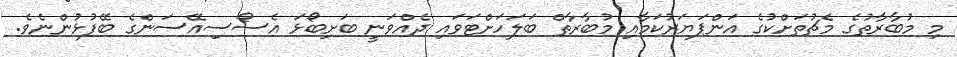
މި މުބާރާތުގެ މެޗުތަށްކުގެ އަންޕަޔަރުކަމާއި މުބާރާތް ބަލަހަށްޓަވައި ދެއްވަނީ ބަށިބޯޅަ އެސޯސިއޭސަންގެ ބޭފުޅުންނެވެ.